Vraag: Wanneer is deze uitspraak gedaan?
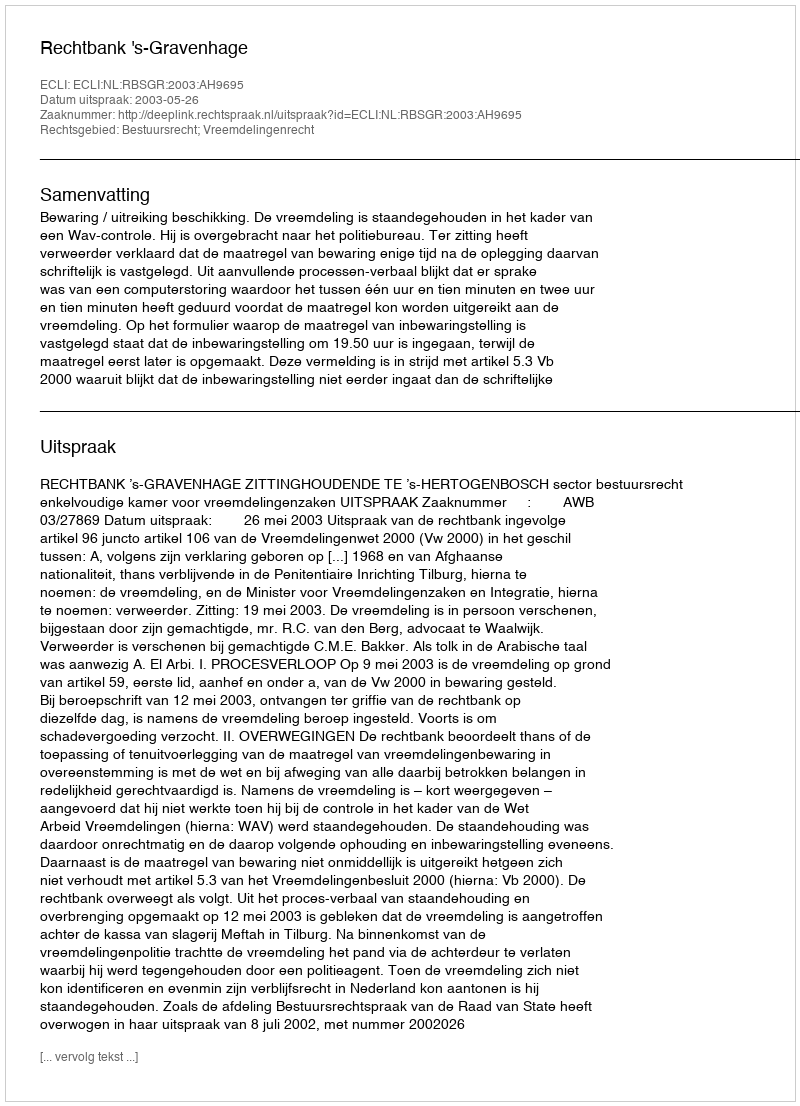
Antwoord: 2003-05-26